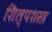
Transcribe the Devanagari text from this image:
शिल्पशस्त्र